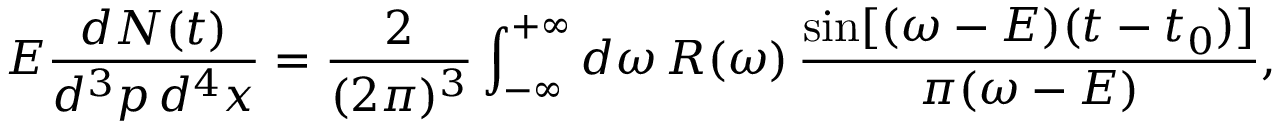
E \frac { d N ( t ) } { d ^ { 3 } p \, d ^ { 4 } x } = \frac { 2 } { ( 2 \pi ) ^ { 3 } } \int _ { - \infty } ^ { + \infty } d \omega \, { \cal R } ( \omega ) \, \frac { \sin [ ( \omega - E ) ( t - t _ { 0 } ) ] } { \pi ( \omega - E ) } ,